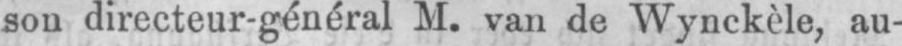
son directeur-général M. van de Wynckèle, au-